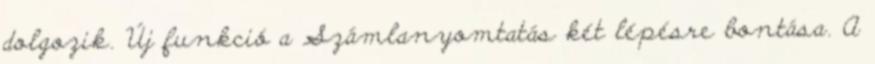
dolgozik. Új funkció a Számlanyomtatás két lépésre bontása. A